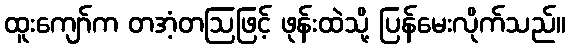
ထူးကျော်က တအံ့တဩဖြင့် ဖုန်းထဲသို့ ပြန်မေးလိုက်သည်။